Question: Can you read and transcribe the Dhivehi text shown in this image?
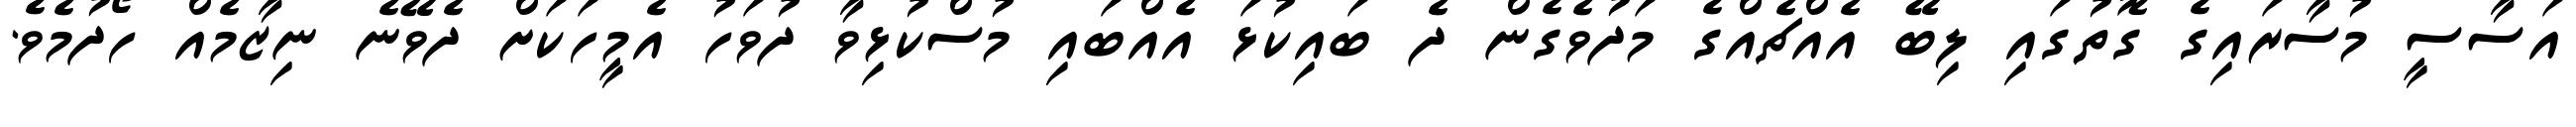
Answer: އަސާސީ މުސާރައިގެ ގޮތުގައި ލިބޭ އެއްޗެއްގެ މަދުވެގެން ދެ ބައިކުޅަ އެއްބައި މުސްކުޅިވާ ދުވަހު އެމީހަކަށް ދެވޭނެ ނިޒާމެއް ހޯދުމެވެ.